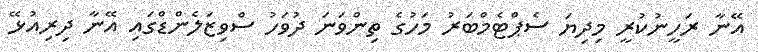
އޭނާ ރަހީނުކުރީ މިދިޔަ ސެޕްޓެމްބަރު މަހުގެ ތިންވަނަ ދުވަހު ސްވިޒަލެންޑްގައި އޭނާ ދިރިއުޅޭ